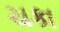
ચકા